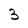
Character: 3